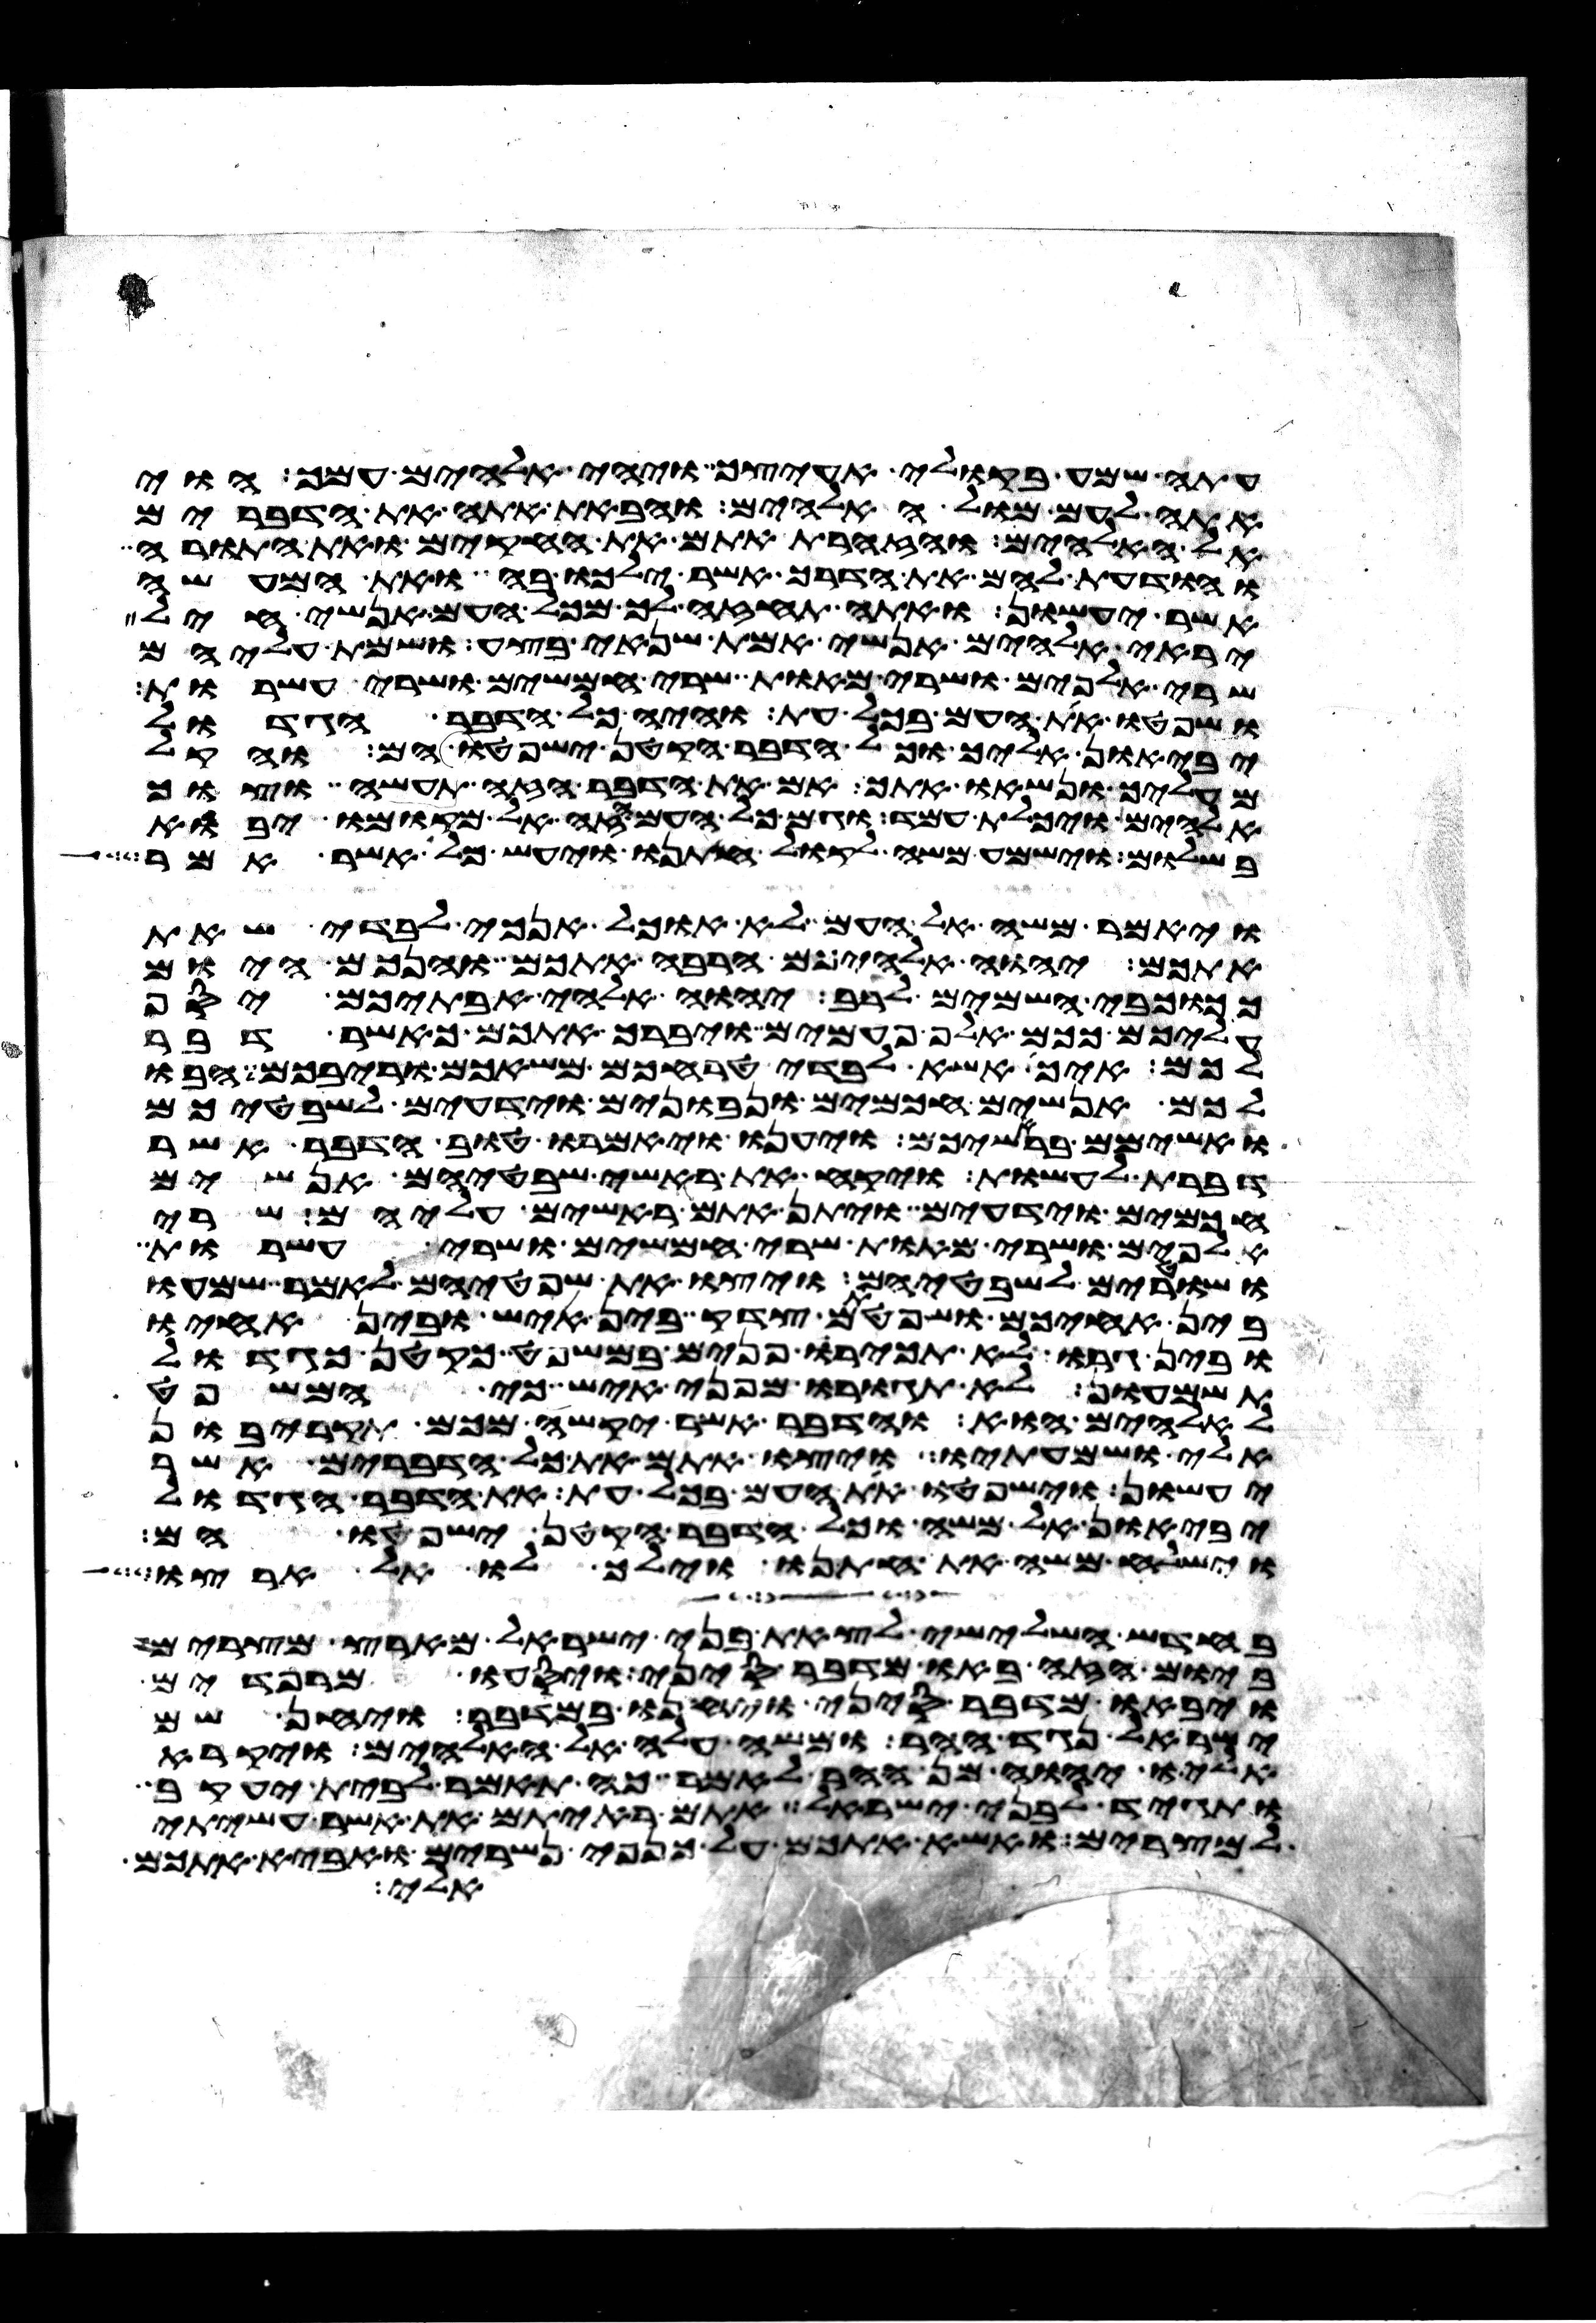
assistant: עתה שמע בקולי אעיצך ויהי אלהים עמך הוי
אתה לעם מול האלהים והבאת אתה את הדברים
אל האלהים והזהרת אתם את החקים ואת התורה
והודעת להם את הדרך אשר ילכו בה ואת המעשה
אשר יעשון ואתה תחזה לך מכל העם אנשי חיל
יראי אלהים אנשי אמת שנאי בצע ושמת עליהם
שרי אלפים ושרי מאות שרי חמשים ושרי עשרות
ושפטו את העם בכל עת והיה כל הדבר הגדול
יביאון אליך וכל הדבר הקטן ישפטו הם והקל
מעליך ונשאו אתך אם את הדבר הזה תעשה וצוך
אלהים ויכלת עמד וגם כל העם הזה אל מקומו יבוא
בשלום וישמע משה לקול חתנו ויעש כל אשר אמר
ויאמר משה אל העם לא אוכל אנכי לבדי שאת
אתכם יהוה אלהיכם הרבה אתכם והנכם היום
ככוכבי השמים לרב יהוה אלהי אבתיכם יסף
עליכם ככם אלף פעמים ויברך אתכם כאשר דבר
לכם איך אשא לבדי טרחכם משאכם וריבכם הבו
לכם אנשים חכמים ונבונים וידעים לשבטיכם
ואשימם בראשיכם ויענו ויאמרו טוב הדבר אשר
דברת לעשות ויקח את ראשי שבטיהם אנשים
חכמים וידעים ויתן אתם ראשים עליהם שרי
אלפים ושרי מאות שרי חמשים ושרי עשרות
ושטרים לשבטיהם ויצו את שפטיהם לאמר שמעו
בין אחיכם ושפטתם צדק בין איש ובין אחיו
ובין גרו לא תכירו פנים במשפט כקטן כגדול
תשמעון לא תגורו מפני איש כי המשפט
לאלהים הוא והדבר אשר יקשה מכם תקריבון
אלי ושמעתיו ויצו אתם את כל הדברים אשר
יעשון וישפטו את העם בכל עת את הדבר הגדול
יביאון אל משה וכל הדבר הקטן ישפטו הם
וישלח משה את חתנו וילך לו אל ארצו
בחדש השלישי לצאת בני ישראל מארץ מצרים
ביום הזה באו מדבר סיני ויסעו מרפידים
ויבאו מדבר סיני ויחנו במדבר ויחן שם
ישראל נגד ההר ומשה עלה אל האלהים ויקרא
אליו יהוה מן ההר לאמר כה תאמר לבית יעקב
ותגיד לבני ישראל אתם ראיתם את אשר עשיתי
למצרים ואשא אתכם על כנפי נשרים ואביא אתכם
אלי